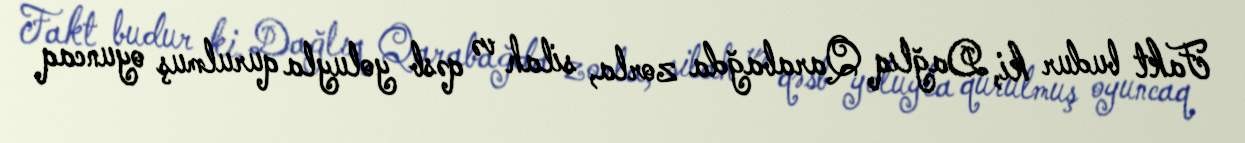
Fakt budur ki, Dağlıq Qarabağda zorla, silah və qəsb yoluyla qurulmuş oyuncaq